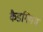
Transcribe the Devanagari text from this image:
कैडगियम